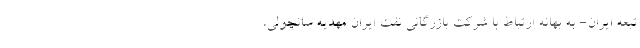
تبعه ایران- به بهانه ارتباط با شرکت بازرگانی نفت ایران مهدیه سانچولی،